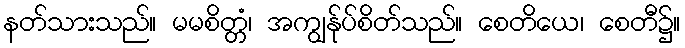
နတ်သားသည်။ မမစိတ္တံ၊ အကျွန်ုပ်စိတ်သည်။ စေတိယေ၊ စေတီ၌။